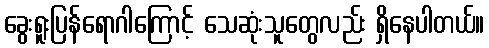
ခွေးရူးပြန်ရောဂါကြောင့် သေဆုံးသူတွေလည်း ရှိနေပါတယ်။